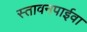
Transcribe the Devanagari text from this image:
स्तावनपाईवा